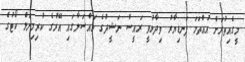
މީގެއިތުރަށް އުއްތަމަ ފަނޑިޔާރު ވިދާޅުވީ ރައީސް ނަޝީދުގެ މައްސަލާގައި އޭރުގެ ކުރިމިނަލް ކޯޓުގެ